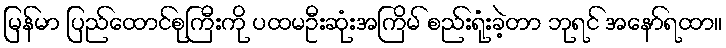
မြန်မာ ပြည်ထောင်စုကြီးကို ပထမဦးဆုံးအကြိမ် စည်းရုံးခဲ့တာ ဘုရင် အနော်ရထာ။